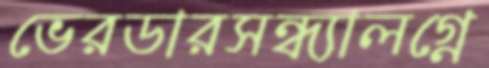
ভেরডারসন্ধ্যালগ্নে